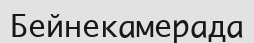
Бейнекамерада